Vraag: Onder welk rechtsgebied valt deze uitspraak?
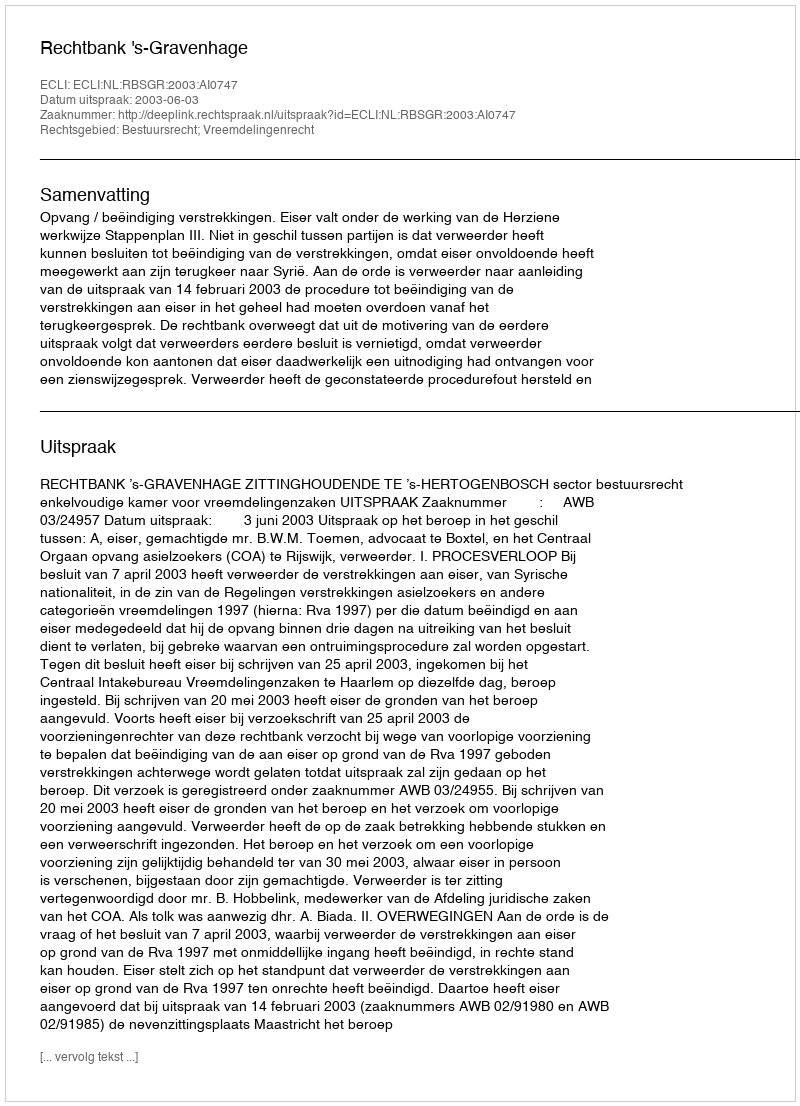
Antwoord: Bestuursrecht; Vreemdelingenrecht